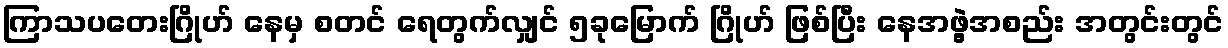
ကြာသပတေးဂြိုဟ် နေမှ စတင် ရေတွက်လျှင် ၅ခုမြောက် ဂြိုဟ် ဖြစ်ပြီး နေအဖွဲ့အစည်း အတွင်းတွင်